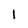
Character: 1